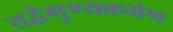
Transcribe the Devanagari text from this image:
तद्वेगुण्यक्रमेण